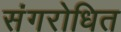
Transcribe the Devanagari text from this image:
संगरोधित